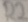
Text: R2